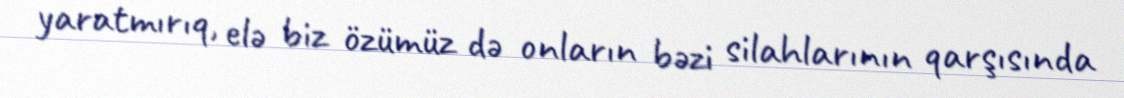
yaratmırıq, elə biz özümüz də onların bəzi silahlarının qarşısında